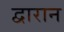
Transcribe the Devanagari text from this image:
द्वारान